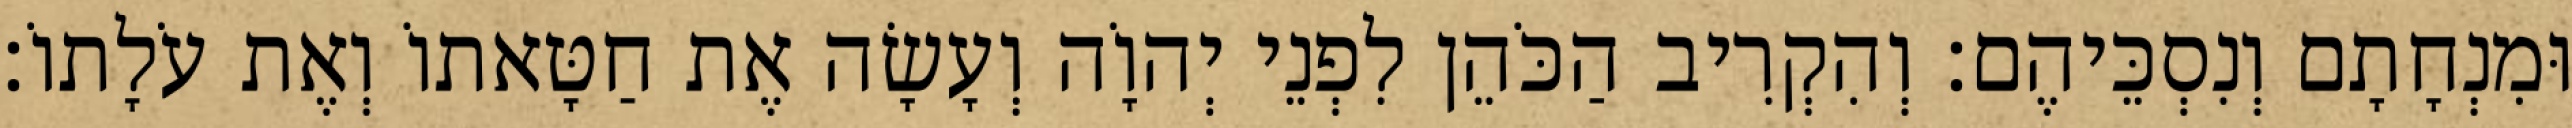
וּמִנְחָתָם וְנִסְכֵּיהֶם׃ וְהִקְרִיב הַכֹּהֵן לִפְנֵי יְהוָֹה וְעָשָׂה אֶת חַטָּאתוֹ וְאֶת עֹלָתוֹ׃